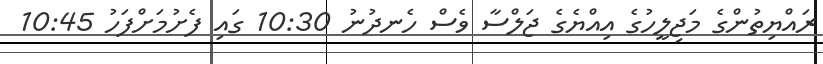
ރައްޔިތުންގެ މަޖިލީހުގެ އިއްޔެގެ ޖަލްސާ ވެސް ހެނދުނު 10:30 ގައި ފެށުމަށްފަހު 10:45